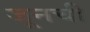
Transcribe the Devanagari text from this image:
जूनची